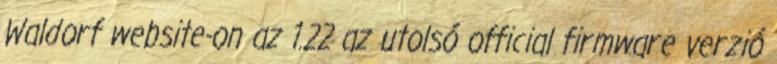
Waldorf website-on az 1.22 az utolsó official firmware verzió